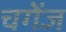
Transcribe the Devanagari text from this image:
चगेंज